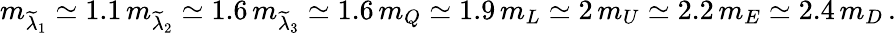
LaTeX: m_{\widetilde\lambda_{1}}\simeq 1.1\, m_{\widetilde\lambda_{2}}\simeq 1.6\, m_{\widetilde\lambda_{3}}\simeq 1.6\, m_{Q}\simeq 1.9\, m_{L}\simeq 2\, m_{U}\simeq 2.2\, m_{E}\simeq 2.4\, m_{D}\, .